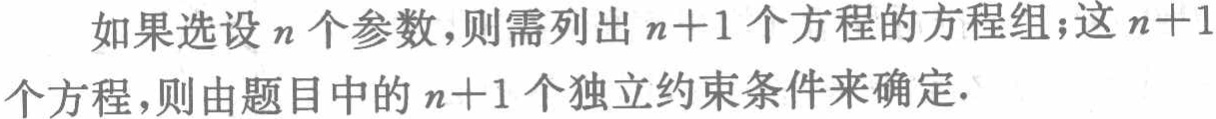
如果选设 \(n\) 个参数，则需列出 \(n + 1\) 个方程的方程组；这 \(n + 1\) 个方程，则由题目中的 \(n + 1\) 个独立约束条件来确定.